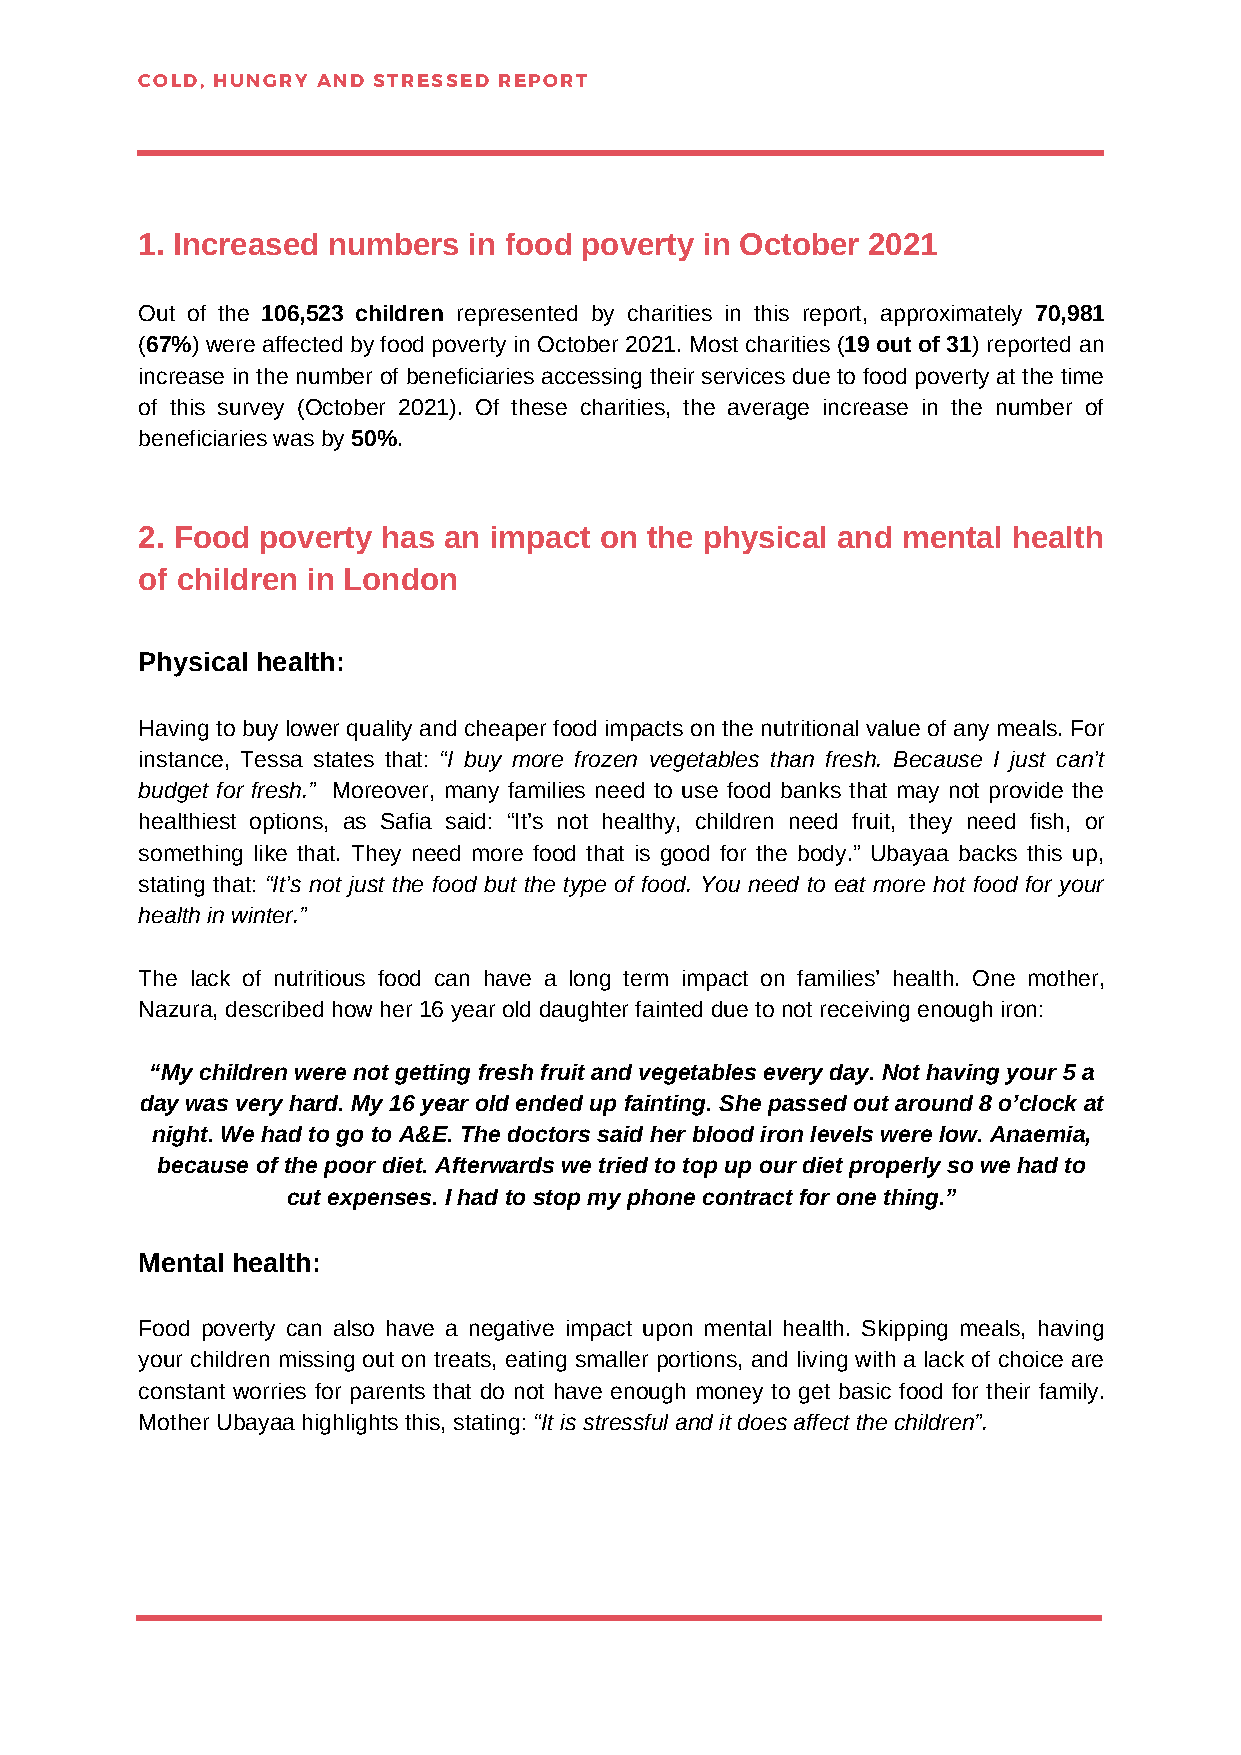
COLD, HUNGRY AND STRESSED REPORT
 1. Increased numbers  in food poverty in October 2021
 Out of the 106,523 children represented by charities in this report, approximately 70,981
 (67%) were affected by food poverty in October 2021. Most charities (19 out of 31) reported an
 increase in the number of beneficiaries accessing their services due to food poverty at the time
 of this survey (October 2021). Of these charities, the average increase in the number of
 beneficiaries was by 50%.
 2. Food poverty has an impact  on the physical and mental health
 of children in London
 Physical health:
 Having to buy lower quality and cheaper food impacts on the nutritional value of any meals. For
 instance, Tessa states that: “I buy more frozen vegetables than fresh. Because I just can’t
 budget for fresh.” Moreover, many families need to use food banks that may not provide the
 healthiest options, as Safia said: “It’s not healthy, children need fruit, they need fish, or
 something like that. They need more food that is good for the body.” Ubayaa backs this up,
 stating that: “It’s not just the food but the type of food. You need to eat more hot food for your
 health in winter.”
 The lack of nutritious food can have a long term impact on families’ health. One mother,
 Nazura, described how her 16 year old daughter fainted due to not receiving enough iron:
 “My children were not getting fresh fruit and vegetables every day. Not having your 5 a
 day was very hard. My 16 year old ended up fainting. She passed out around 8 o’clock at
 night. We had to go to A&E. The doctors said her blood iron levels were low. Anaemia,
 because of the poor diet. Afterwards we tried to top up our diet properly so we had to
 cut expenses. I had to stop my phone contract for one thing.”
 Mental health:
 Food poverty can also have a negative impact upon mental health. Skipping meals, having
 your children missing out on treats, eating smaller portions, and living with a lack of choice are
 constant worries for parents that do not have enough money to get basic food for their family.
 Mother Ubayaa highlights this, stating: “It is stressful and it does affect the children”.